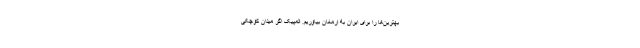
بهترین‌ها را برای ایران به ارمغان بیاوریم. المپیک اگر میدان کوچکی